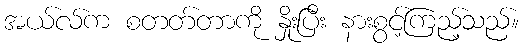
အယ်လ်က စတတ်တာကို နှိုးပြီး နားစွင့်ကြည့်သည်။